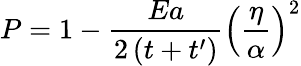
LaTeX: P=1-\frac{Ea}{2\left(t+t^{\prime}\right)}\left(\frac{\eta}{\alpha}\right)^{2}